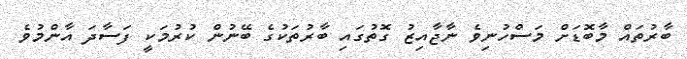
ބާރުތައް މާބޮޑަށް މަސްހުނިވެ ނާޖާއިޒު ގޮތުގައި ބާރުތަކުގެ ބޭނުން ކުރުމަކީ ފަސާދަ އާންމުވެ